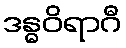
ဒန္ဓဝိရာဂီ